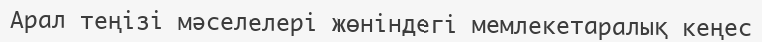
Арал теңізі мәселелері жөніндегі мемлекетаралық кеңес